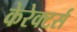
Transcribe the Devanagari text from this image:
केरेक्टर्स